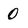
Character: 0